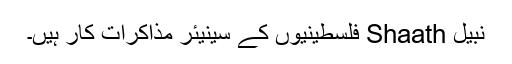
نبیل Shaath فلسطینیوں کے سینیئر مذاکرات کار ہیں۔